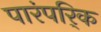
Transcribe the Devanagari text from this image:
पारंपरि्क